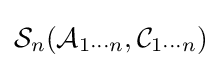
{\mathcal {S}}_{n}({\mathcal {A}}_{1\cdots n},{\mathcal {C}}_{1\cdots n})